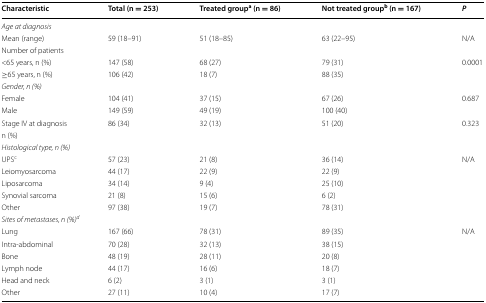
<table><thead><tr><td><b>Characteristic</b></td><td><b>Total (n = 253)</b></td><td><b>Treated group<sup>a</sup> (n = 86)</b></td><td><b>Not treated group<sup>b</sup> (n = 167)</b></td><td><b><i>P</i></b></td></tr></thead><tbody><tr><td colspan="5"><i>Age at diagnosis</i></td></tr><tr><td>Mean (range)</td><td>59 (18–91)</td><td>51 (18–85)</td><td>63 (22–95)</td><td>N/A</td></tr><tr><td>Number of patients</td><td></td><td></td><td></td><td></td></tr><tr><td>&lt;65 years, n (%)</td><td>147 (58)</td><td>68 (27)</td><td>79 (31)</td><td>0.0001</td></tr><tr><td>≥65 years, n (%)</td><td>106 (42)</td><td>18 (7)</td><td>88 (35)</td><td></td></tr><tr><td colspan="5"><i>Gender, n (%)</i></td></tr><tr><td>Female</td><td>104 (41)</td><td>37 (15)</td><td>67 (26)</td><td>0.687</td></tr><tr><td>Male</td><td>149 (59)</td><td>49 (19)</td><td>100 (40)</td><td></td></tr><tr><td>Stage IV at diagnosis</td><td>86 (34)</td><td>32 (13)</td><td>51 (20)</td><td>0.323</td></tr><tr><td>n (%)</td><td></td><td></td><td></td><td></td></tr><tr><td colspan="5"><i>Histological type, n (%)</i></td></tr><tr><td>UPS<sup>c</sup></td><td>57 (23)</td><td>21 (8)</td><td>36 (14)</td><td>N/A</td></tr><tr><td>Leiomyosarcoma</td><td>44 (17)</td><td>22 (9)</td><td>22 (9)</td><td></td></tr><tr><td>Liposarcoma</td><td>34 (14)</td><td>9 (4)</td><td>25 (10)</td><td></td></tr><tr><td>Synovial sarcoma</td><td>21 (8)</td><td>15 (6)</td><td>6 (2)</td><td></td></tr><tr><td>Other</td><td>97 (38)</td><td>19 (7)</td><td>78 (31)</td><td></td></tr><tr><td colspan="5"><i>Sites of metastases, n (%)</i><sup><i>d</i></sup></td></tr><tr><td>Lung</td><td>167 (66)</td><td>78 (31)</td><td>89 (35)</td><td>N/A</td></tr><tr><td>Intra-abdominal</td><td>70 (28)</td><td>32 (13)</td><td>38 (15)</td><td></td></tr><tr><td>Bone</td><td>48 (19)</td><td>28 (11)</td><td>20 (8)</td><td></td></tr><tr><td>Lymph node</td><td>44 (17)</td><td>16 (6)</td><td>18 (7)</td><td></td></tr><tr><td>Head and neck</td><td>6 (2)</td><td>3 (1)</td><td>3 (1)</td><td></td></tr><tr><td>Other</td><td>27 (11)</td><td>10 (4)</td><td>17 (7)</td><td></td></tr></tbody></table>